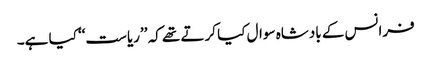
فرانس کے بادشاہ سوال کیا کرتے تھے کہ ’’ریاست‘‘ کیا ہے۔